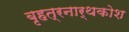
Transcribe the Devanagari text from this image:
बृहत्रनार्थकोश